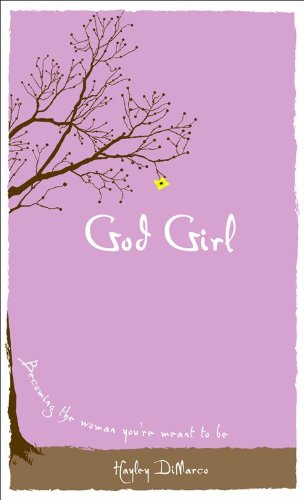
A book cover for God Girl: Becoming the Woman You're Meant to Be; Hayley DiMarco; Christian Books & Bibles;